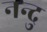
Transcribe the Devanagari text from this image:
नन्दु